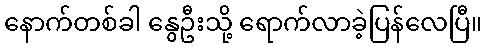
နောက်တစ်ခါ နွေဦးသို့ ရောက်လာခဲ့ပြန်လေပြီ။